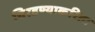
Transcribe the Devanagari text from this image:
चिरडण्याकरिता